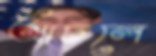
আঁচলে